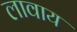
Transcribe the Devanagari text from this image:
लावाय